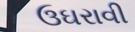
ઉઘરાવી